system: You are a helpful assistant.
user:
Analyze the provided spectrum to determine if it is a **Carbon Star (C-type)**.

- **Key Visual Indicators of Carbon Star:**
    - **(Primary):** Strong molecular absorption from **C₂ (diatomic carbon) "Swan Bands."** This is the **defining feature** of a carbon star.
        - **(Key Bandheads):** Sharp absorption edges are visible at approximately $5635$ Å, $5165$ Å (the strongest band), and $4737$ Å.
        - **(Line Profile):** Creates a distinct **"saw-tooth"** pattern. The key morphology is a sharp, steep bandhead on the **red (long-wavelength) side**, which then gradually tapers off (i.e., flux recovers) towards the **blue (short-wavelength) side**. *(This is the direct opposite of the TiO bands seen in M-type stars)*.

    - **(Secondary):** Intense **CN (cyanogen)** molecular absorption bands.
        - **(Key Bandheads):** Located in the blue and violet regions of the spectrum (e.g., near $4215$ Å and $3883$ Å).
        - **(Morphology):** These bands are extremely broad and act as a "blanket," absorbing the vast majority of blue and violet light. This creates a characteristic **"cliff"** or **"steep drop-off"** in the spectrum's flux at short wavelengths.

    - **(Key Confirmation):** Strong **CH absorption band (G-band)**.
        - **(Key Bandhead):** Located around $4300$ Å. The contribution from CH molecules to this band is exceptionally strong.

    - **(Overall Spectrum):**
        - The continuum is severely "chopped up" by these deep molecular bands, especially C₂, rather than appearing as a smooth curve.
        - Due to the heavy CN and C₂ absorption in the blue-green, the vast majority of the star's flux is concentrated in the red part of the spectrum, giving the star its characteristic deep red color.

Think first, call **spectral_visualization_tool** if needed to examine features in detail, then provide your final answer. Your response must adhere to the following strict rules:
1.  **Overall Structure:** Your response must follow the format `<think>...</think> <tool_call>...</tool_call> (if a tool is used) <answer>...</answer>`.
2.  **Tool Usage Constraint:** You may only make **one** tool call per turn.
3.  **Final Answer Format:** In the `<answer>` tag, your conclusion must be inside a `\boxed{}` command (e.g., `\boxed{YES}`), followed by your justification.

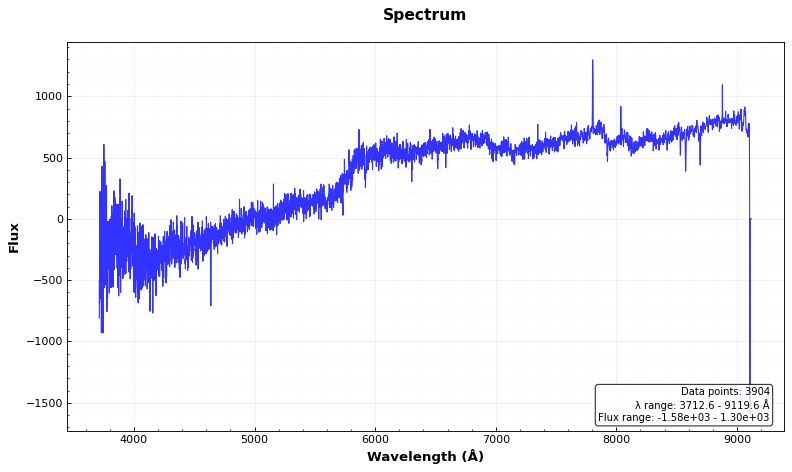
Answer: YES